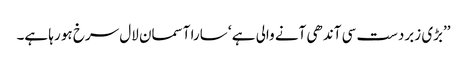
’’بڑی زبردست سی آندھی آنے والی ہے ‘ سارا آسمان لال سرخ ہو رہا ہے۔